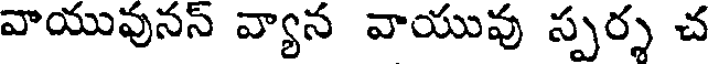
వాయువునన్ వ్యాన వాయువు స్పర్శ చ